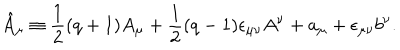
\hat { A } _ { \mu } \equiv \frac { 1 } { 2 } ( q + 1 ) A _ { \mu } + \frac { 1 } { 2 } ( q - 1 ) \epsilon _ { \mu \nu } A ^ { \nu } + a _ { \mu } + \epsilon _ { \mu \nu } b ^ { \nu } .